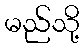
မည်သို့